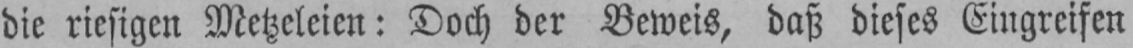
die riesigen Metzeleien: Doch der Beweis, daß dieses Eingreifen